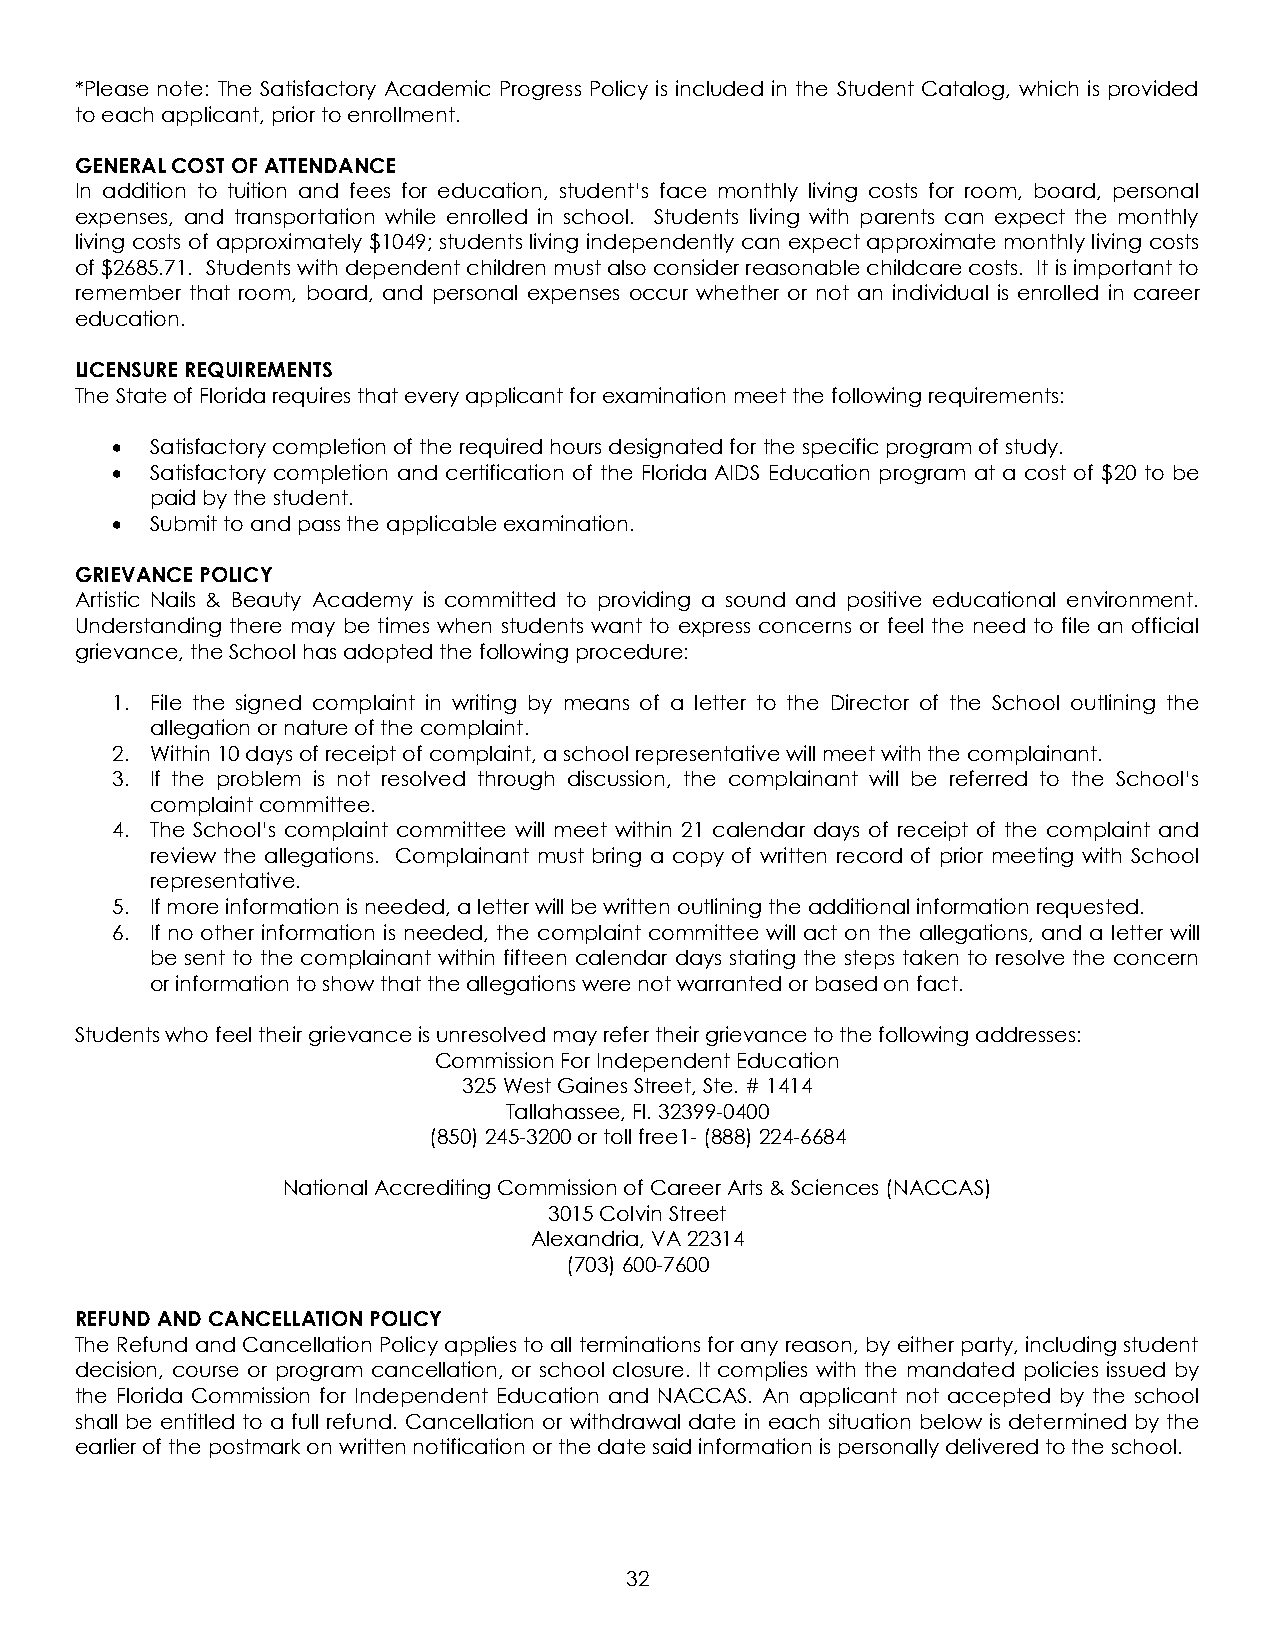
*Please note: The Satisfactory Academic Progress Policy is included in the Student Catalog, which is provided
 to each applicant, prior to enrollment.
 GENERAL COST OF ATTENDANCE
 In addition to tuition and fees for education, student’s face monthly living costs for room, board, personal
 expenses, and transportation while enrolled in school. Students living with parents can expect the monthly
 living costs of approximately $1049; students living independently can expect approximate monthly living costs
 of $2685.71. Students with dependent children must also consider reasonable childcare costs. It is important to
 remember that room, board, and personal expenses occur whether or not an individual is enrolled in career
 education.
 LICENSURE REQUIREMENTS
 The State of Florida requires that every applicant for examination meet the following requirements:
 •  Satisfactory completion of the required hours designated for the specific program of study.
 •  Satisfactory completion and certification of the Florida AIDS Education program at a cost of $20 to be
 paid by the student.
 •  Submit to and pass the applicable examination.
 GRIEVANCE POLICY
 Artistic Nails & Beauty Academy is committed to providing a sound and positive educational environment.
 Understanding there may be times when students want to express concerns or feel the need to file an official
 grievance, the School has adopted the following procedure:
 1. File the signed complaint in writing by means of a letter to the Director of the School outlining the
 allegation or nature of the complaint.
 2. Within 10 days of receipt of complaint, a school representative will meet with the complainant.
 3. If the problem is not resolved through discussion, the complainant will be referred to the School’s
 complaint committee.
 4. The School’s complaint committee will meet within 21 calendar days of receipt of the complaint and
 review the allegations. Complainant must bring a copy of written record of prior meeting with School
 representative.
 5. If more information is needed, a letter will be written outlining the additional information requested.
 6. If no other information is needed, the complaint committee will act on the allegations, and a letter will
 be sent to the complainant within fifteen calendar days stating the steps taken to resolve the concern
 or information to show that the allegations were not warranted or based on fact.
 Students who feel their grievance is unresolved may refer their grievance to the following addresses:
 Commission For Independent Education
 325 West Gaines Street, Ste. # 1414
 Tallahassee, Fl. 32399-0400
 (850) 245-3200 or toll free1- (888) 224-6684
 National Accrediting Commission of Career Arts & Sciences (NACCAS)
 3015 Colvin Street
 Alexandria, VA 22314
 (703) 600-7600
 REFUND AND CANCELLATION POLICY
 The Refund and Cancellation Policy applies to all terminations for any reason, by either party, including student
 decision, course or program cancellation, or school closure. It complies with the mandated policies issued by
 the Florida Commission for Independent Education and NACCAS. An applicant not accepted by the school
 shall be entitled to a full refund. Cancellation or withdrawal date in each situation below is determined by the
 earlier of the postmark on written notification or the date said information is personally delivered to the school.
 32